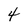
Character: 4